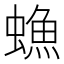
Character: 䗨